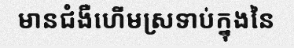
មានជំងឺហើមស្រទាប់ក្នុងនៃ